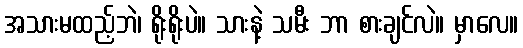
အသားမထည့်ဘဲ၊ ရိုးရိုးပဲ။ သားနဲ့ သမီး ဘာ စားချင်လဲ။ မှာလေ။